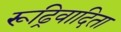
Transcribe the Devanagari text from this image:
रूढ्रिवादिता